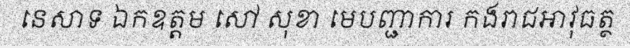
នេសាទ ឯកឧត្តម សៅ សុខា មេបញ្ជាការ កងរាជអាវុធត្ថ